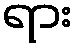
ရား